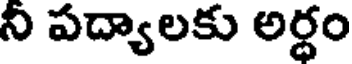
ని పద్యాలకు అర్ధం